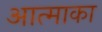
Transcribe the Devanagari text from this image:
आत्माका